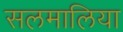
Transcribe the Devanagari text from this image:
सलमालिया